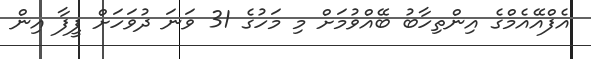
އެފްއޭއެމްގެ އިންތިހާބު ބޭއްވުމަށް މި މަހުގެ 31 ވަނަ ދުވަހަށް ފީފާ އިން